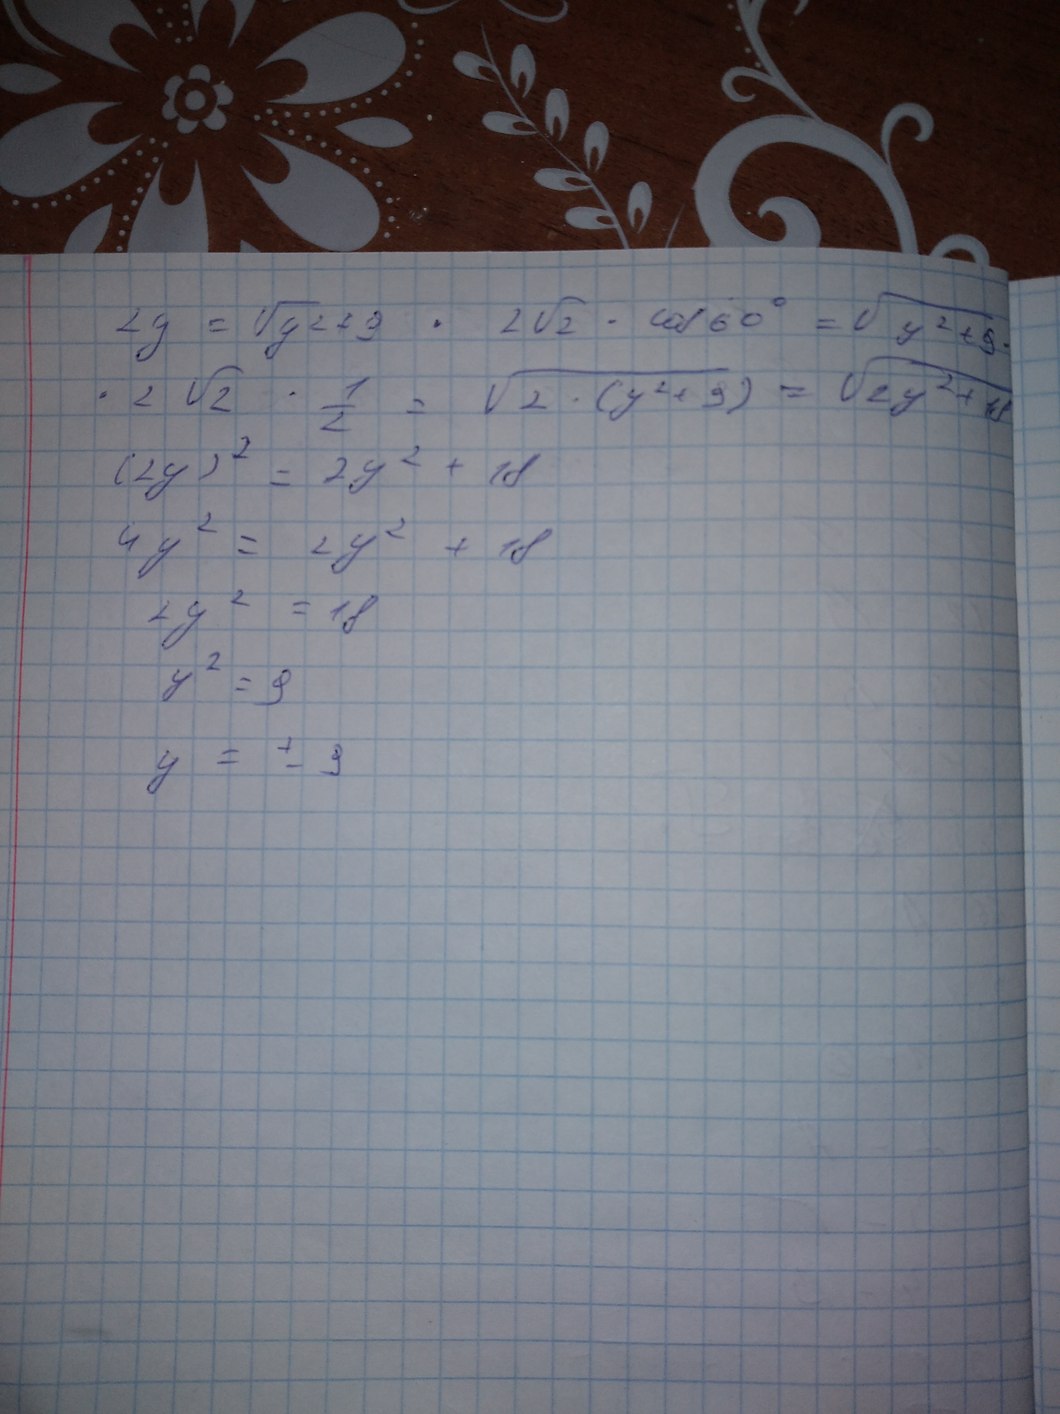
2y = \sqrt{y^2} + 9 * 2\sqrt{2} * cos{60} = \sqrt{y^2 + 9} *
* 2\sqrt{2} * \frac{1}{2} = \sqrt{2 * (y^2 + 9)} = \sqrt{2^2 + 18}
(2y)^2 = 2y^2 + 18
4y^2 = 2y^2 + 18
2y^2 = 18
y^2 = 9
y = ± 3